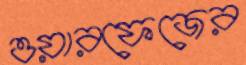
ওয়ারফেজের